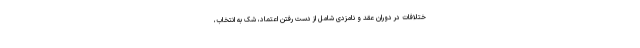
ختلافات در دوران عقد و نامزدی شامل از دست رفتن اعتماد، شک به انتخاب،